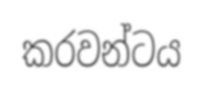
කරවන්ටය